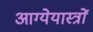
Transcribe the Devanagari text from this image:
आग्येयास्त्रों